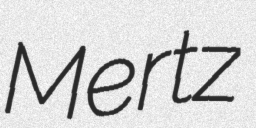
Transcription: Mertz